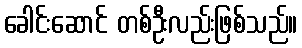
ခေါင်းဆောင် တစ်ဦးလည်းဖြစ်သည်။